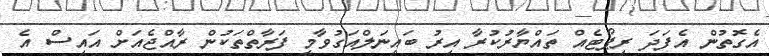
އެގޮތުން އެފަދަ ރިޕޯޓެއް ތައްޔާރުކުރާ އިރު ބައިނަލްއަގުވާމީ ފަރާތްތަކުން ރާއްޖެއަށް އައިސް އެ